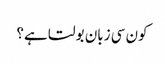
کون سی زبان بولتا ہے؟